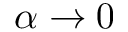
\alpha \to 0